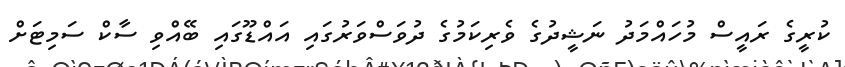
ކުރީގެ ރައީސް މުހައްމަދު ނަޝީދުގެ ވެރިކަމުގެ ދުވަސްވަރުގައި އައްޑޫގައި ބޭއްވި ސާކް ސަމިޓަށް